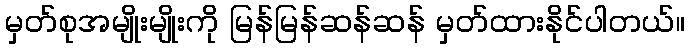
မှတ်စုအမျိုးမျိုးကို မြန်မြန်ဆန်ဆန် မှတ်ထားနိုင်ပါတယ်။